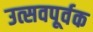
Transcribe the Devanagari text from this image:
उत्सवपूर्वक